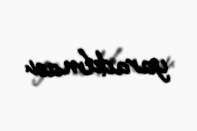
yaradılması.